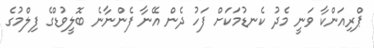
ޕްރިއަންކާ ވަނީ މެދު ކެނޑުމަކަށް ފަހު ދެން އޭނާ ފެންނާނެ ބޮލީވުޑްގެ ފިލްމުގެ